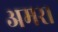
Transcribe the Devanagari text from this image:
अमर।